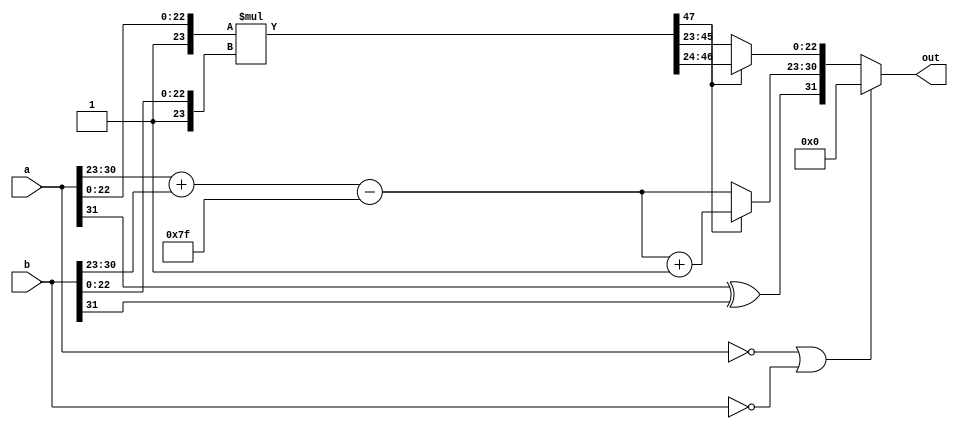
module fp_multiplier(
    input [31:0]a,
    input [31:0]b,
    output reg  [31:0] out
);

    reg a_sign;
    reg b_sign;
    reg out_sign; 
    reg [7:0] a_exp;
    reg [7:0] b_exp;
    reg [7:0] out_exp;
    reg [23:0] a_mantis;
    reg [23:0] b_mantis;
    reg [47:0] mantis;
    reg [22:0] out_mantis;

    always@(*)
    begin
        a_sign = a[31];
        b_sign = b[31];

        a_exp = a[30:23];
        b_exp = b[30:23];

        a_mantis = {1'b1, a[22:0]};
        b_mantis = {1'b1, b[22:0]};


        if(a == 0 || b == 0) begin
            out = 0;
        end

        else begin
            out_exp = a_exp + b_exp - 127;
            mantis = a_mantis * b_mantis;

            out_sign = a_sign ^ b_sign;

            if(mantis[47])begin
                out_mantis = mantis[46:24];
                out_exp = out_exp + 1'b1;
            end
            else begin
                out_mantis = mantis[45:23];
            end

            out = {out_sign, out_exp, out_mantis};
        end
    end
endmodule